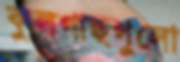
কুলগাছগুলো